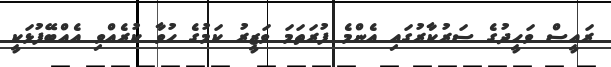
ރައީސް ވަހީދުގެ ސަރުކާރުގައި އެންމެ ފުރަތަމަ ވަޒީރު ކަމުގެ ހުވާ ކުރެއްވި އެއްބޭފުޅަކީ